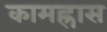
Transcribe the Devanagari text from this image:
कामह्रास